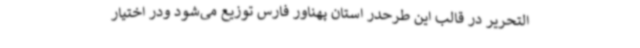
التحریر در قالب این طرحدر استان پهناور فارس توزیع می‌شود ودر اختیار